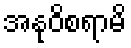
အနုဝိစရာမိ